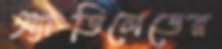
অ্যাডিলেডের